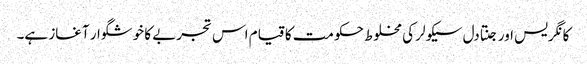
کانگریس اور جنتادل سیکولر کی مخلوط حکومت کا قیام اس تجربے کا خوشگوار آغاز ہے۔